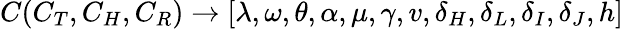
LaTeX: C(C_{T},C_{H},C_{R})\rightarrow[\lambda,\omega,\theta,\alpha,\mu,\gamma,v,\delta_{H},\delta_{L},\delta_{I},\delta_{J},h]